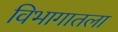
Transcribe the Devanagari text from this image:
विभागातला